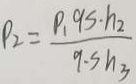
P _ { 2 } = \frac { p _ { 1 } 9 s \cdot h _ { 2 } } { 9 \cdots h _ { 3 } }